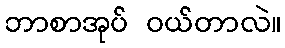
ဘာစာအုပ် ဝယ်တာလဲ။